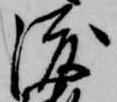
渡